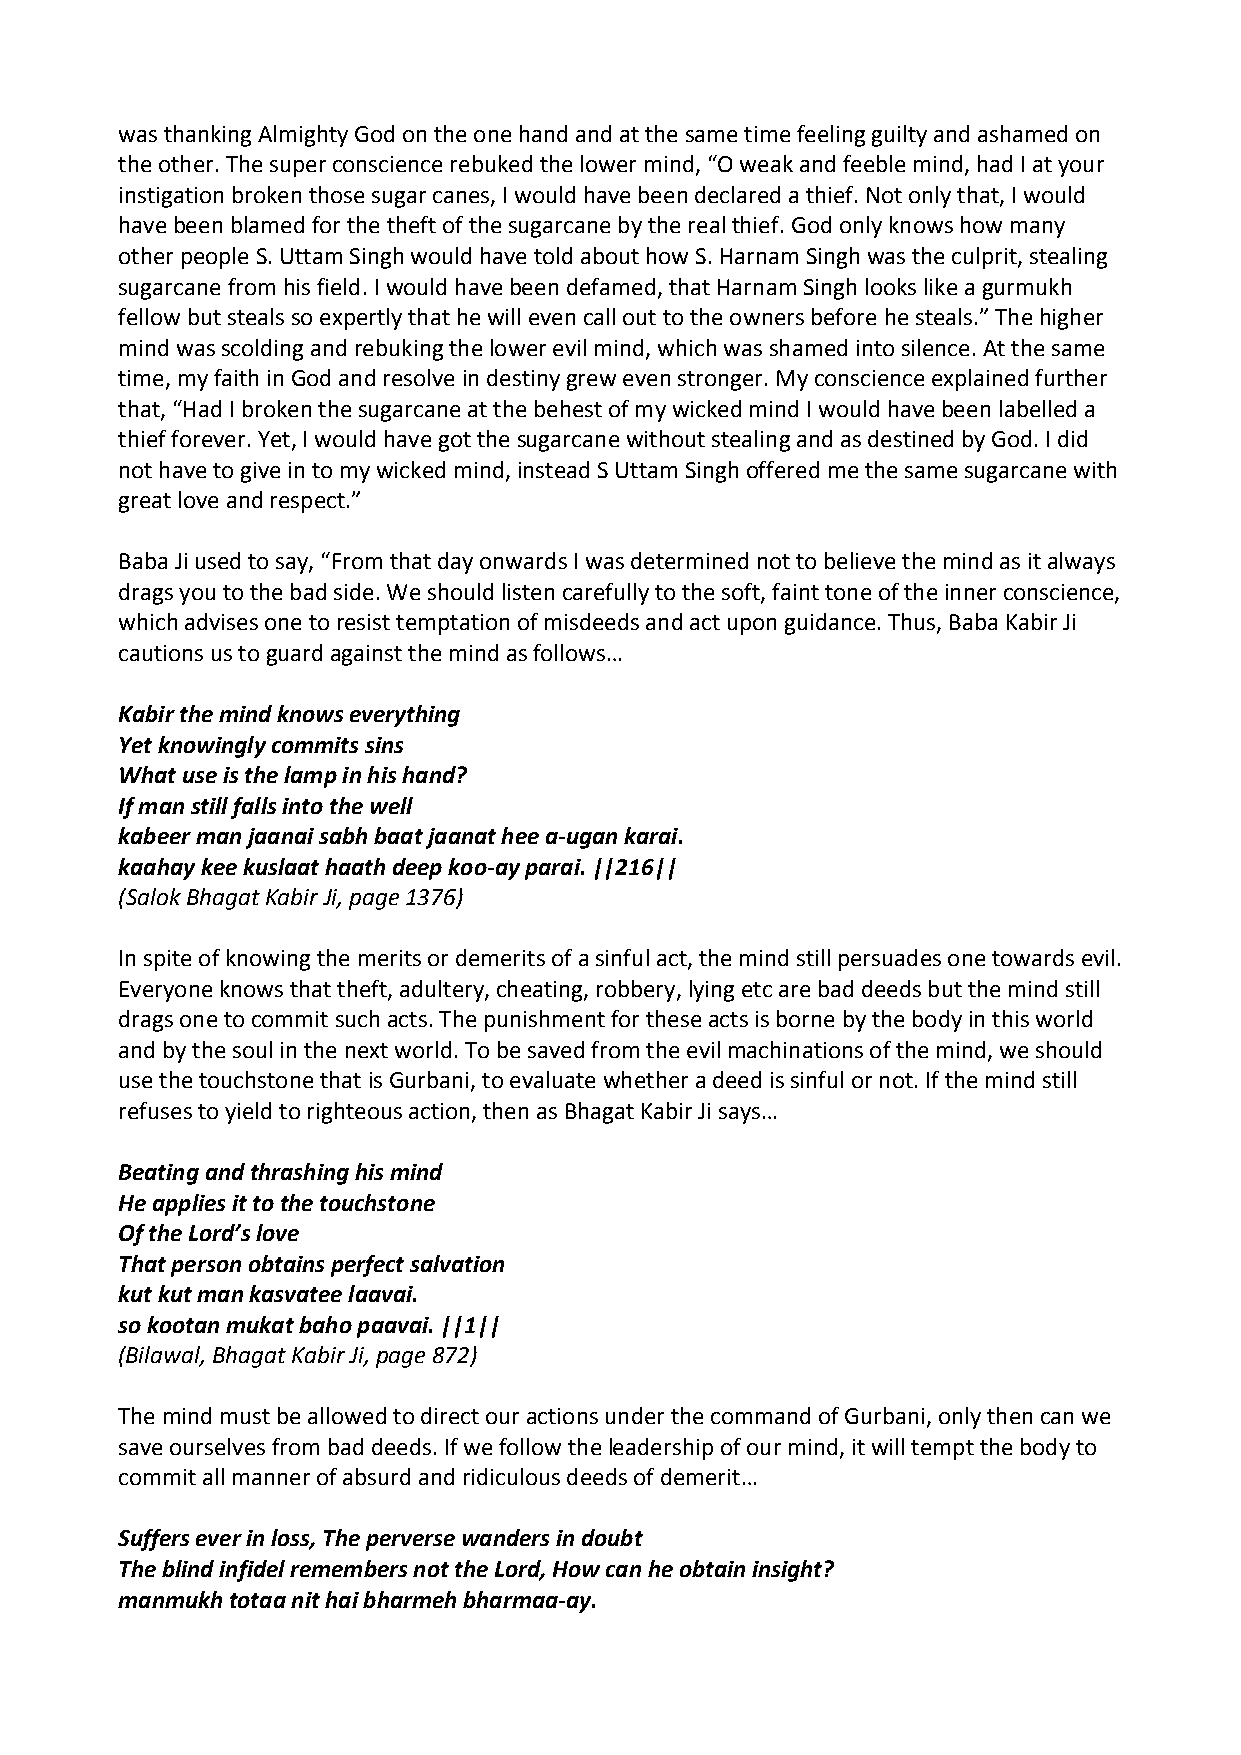
was thanking Almighty God on the one hand and at the same time feeling guilty and ashamed on
 the other. The super conscience rebuked the lower mind, “O weak and feeble mind, had I at your
 instigation broken those sugar canes, I would have been declared a thief. Not only that, I would
 have been blamed for the theft of the sugarcane by the real thief. God only knows how many
 other people S. Uttam Singh would have told about how S. Harnam Singh was the culprit, stealing
 sugarcane from his field. I would have been defamed, that Harnam Singh looks like a gurmukh
 fellow but steals so expertly that he will even call out to the owners before he steals.” The higher
 mind was scolding and rebuking the lower evil mind, which was shamed into silence. At the same
 time, my faith in God and resolve in destiny grew even stronger. My conscience explained further
 that, “Had I broken the sugarcane at the behest of my wicked mind I would have been labelled a
 thief forever. Yet, I would have got the sugarcane without stealing and as destined by God. I did
 not have to give in to my wicked mind, instead S Uttam Singh offered me the same sugarcane with
 great love and respect.”
 Baba Ji used to say, “From that day onwards I was determined not to believe the mind as it always
 drags you to the bad side. We should listen carefully to the soft, faint tone of the inner conscience,
 which advises one to resist temptation of misdeeds and act upon guidance. Thus, Baba Kabir Ji
 cautions us to guard against the mind as follows…
 Kabir the mind knows everything
 Yet knowingly commits sins
 What use is the lamp in his hand?
 If man still falls into the well
 kabeer man jaanai sabh baat jaanat hee a‐ugan karai.
 kaahay kee kuslaat haath deep koo‐ay parai. ||216||
 (Salok Bhagat Kabir Ji, page 1376)
 In spite of knowing the merits or demerits of a sinful act, the mind still persuades one towards evil.
 Everyone knows that theft, adultery, cheating, robbery, lying etc are bad deeds but the mind still
 drags one to commit such acts. The punishment for these acts is borne by the body in this world
 and by the soul in the next world. To be saved from the evil machinations of the mind, we should
 use the touchstone that is Gurbani, to evaluate whether a deed is sinful or not. If the mind still
 refuses to yield to righteous action, then as Bhagat Kabir Ji says…
 Beating and thrashing his mind
 He applies it to the touchstone
 Of the Lord’s love
 That person obtains perfect salvation
 kut kut man kasvatee laavai.
 so kootan mukat baho paavai. ||1||
 (Bilawal, Bhagat Kabir Ji, page 872)
 The mind must be allowed to direct our actions under the command of Gurbani, only then can we
 save ourselves from bad deeds. If we follow the leadership of our mind, it will tempt the body to
 commit all manner of absurd and ridiculous deeds of demerit…
 Suffers ever in loss, The perverse wanders in doubt
 The blind infidel remembers not the Lord, How can he obtain insight?
 manmukh totaa nit hai bharmeh bharmaa‐ay.